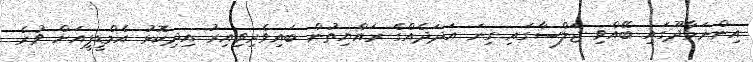
އިންނަމާދޫގައި ބޭއްވި ޖަލްސާގައި ގިނަ އަދަދެއްގެ ރައްޔިތުން ބައިވެރިވިއިރު އިދިކޮޅު އެމްޑީޕީއަށް ވުރެ